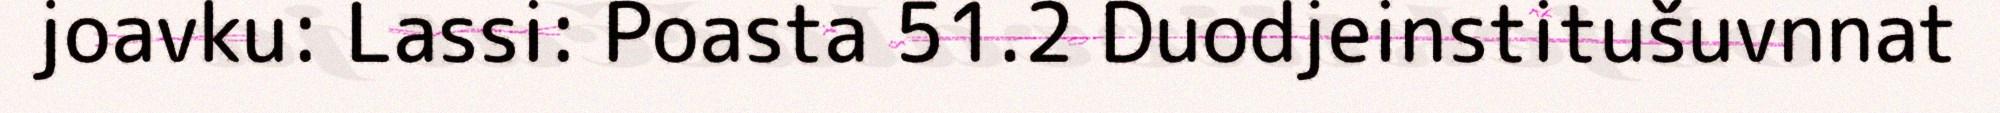
joavku: Lassi: Poasta 51.2 Duodjeinstitušuvnnat